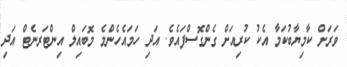
ވަރަށް ކާމިޔާބުކަމާ އެކު ކުރިއަށް ގެންގޮސްފައެވެ. އަދި ހަމައެހެންމެ މޮބައިލް އިންޓަރނެޓް އަދި